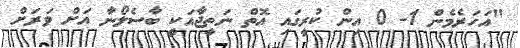
"އަހަރެމެން 1- 0 އިން ކުރީގައި އޮތް ނަތީޖާއަކީ ބާސެލޯނާ އަށް ވަރަށް